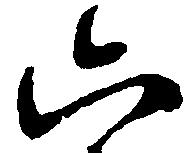
六